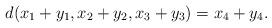
LaTeX: \begin{align*} d ( x_1 + y_1, x_2 + y_2, x_3 + y_3 ) = x_4 + y_4. \end{align*}